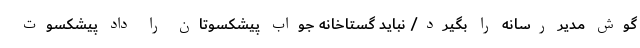
گوش مدیر رسانه را بگیرد/ نباید گستاخانه جواب پیشکسوتان را داد پیشکسوت